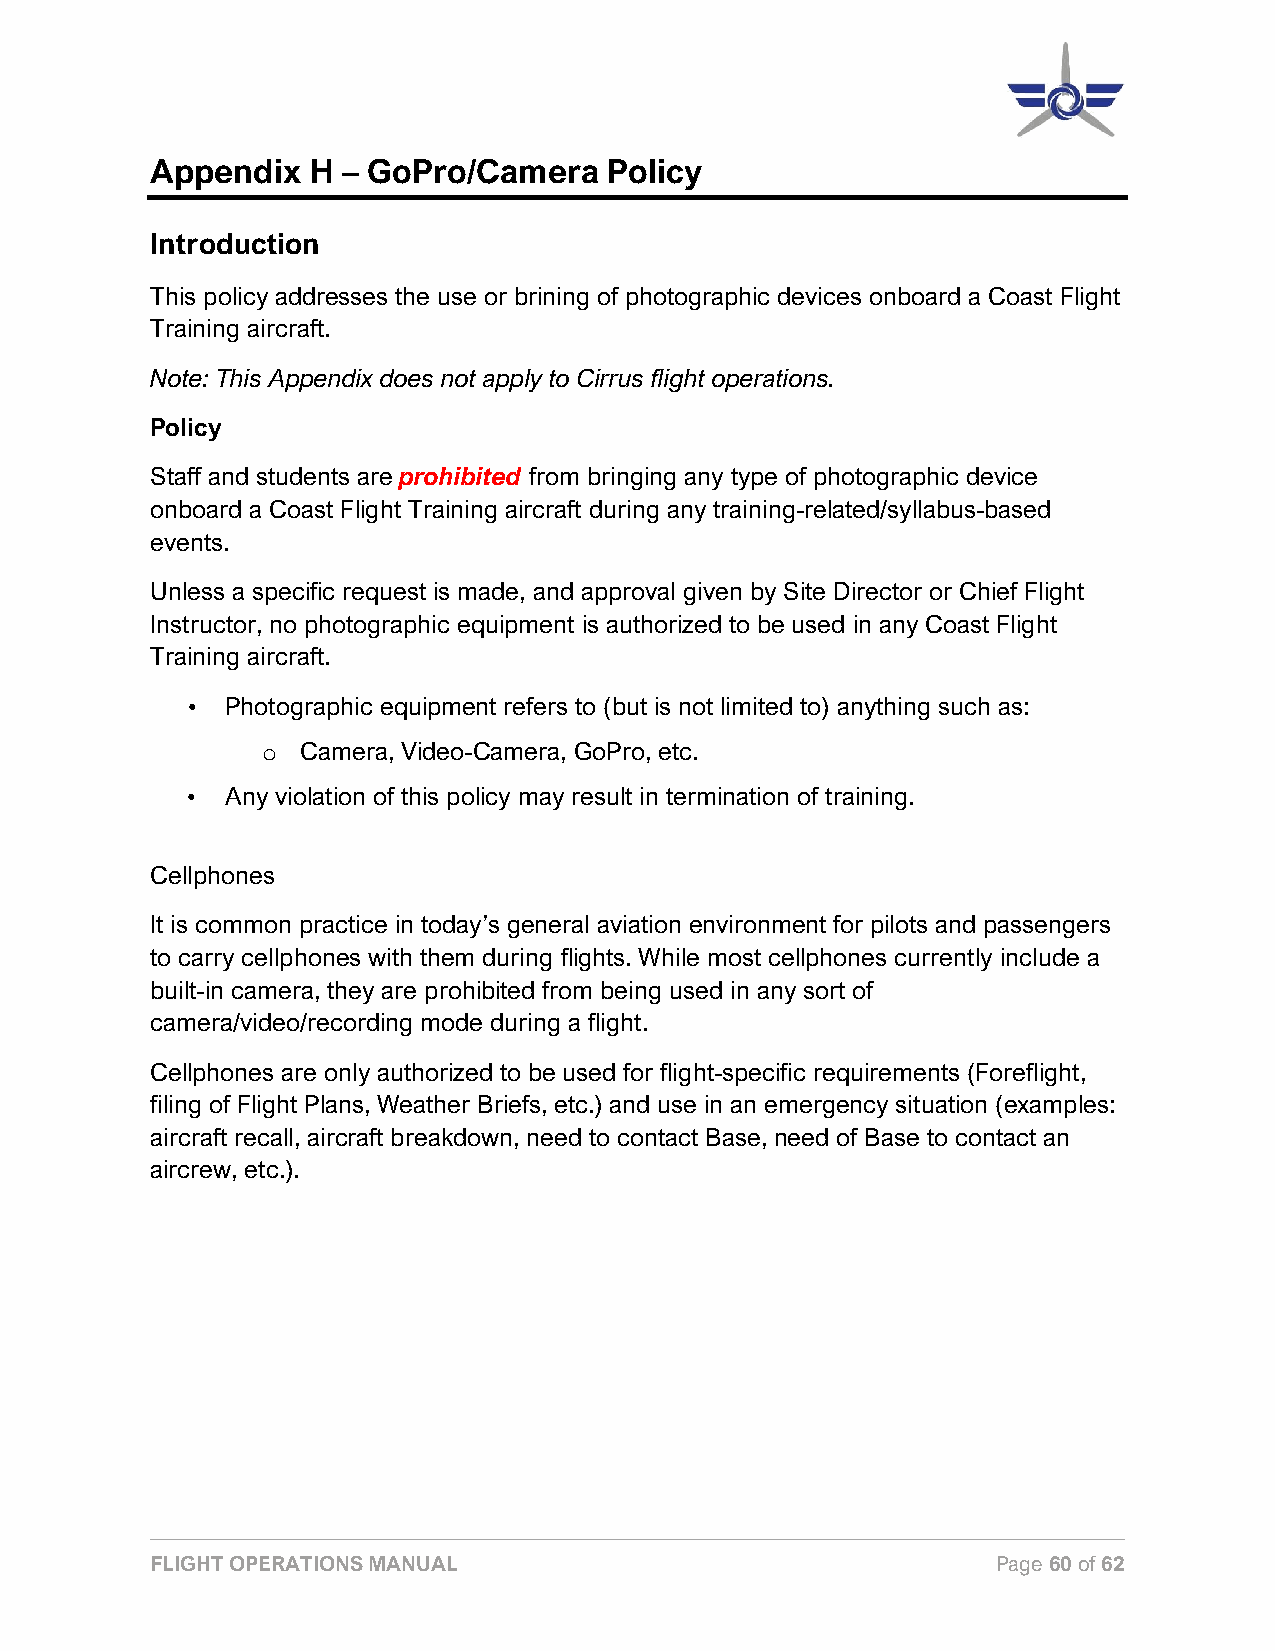
Appendix  H  – GoPro/Camera   Policy
 Introduction
 This policy addresses the use or brining of photographic devices onboard a Coast Flight
 Training aircraft.
 Note: This Appendix does not apply to Cirrus flight operations.
 Policy
 Staff and students are prohibited from bringing any type of photographic device
 onboard a Coast Flight Training aircraft during any training-related/syllabus-based
 events.
 Unless a specific request is made, and approval given by Site Director or Chief Flight
 Instructor, no photographic equipment is authorized to be used in any Coast Flight
 Training aircraft.
 •  Photographic equipment refers to (but is not limited to) anything such as:
 Camera, Video-Camera, GoPro, etc.
 o
 •  Any violation of this policy may result in termination of training.
 Cellphones
 It is common practice in today’s general aviation environment for pilots and passengers
 to carry cellphones with them during flights. While most cellphones currently include a
 built-in camera, they are prohibited from being used in any sort of
 camera/video/recording mode during a flight.
 Cellphones are only authorized to be used for flight-specific requirements (Foreflight,
 filing of Flight Plans, Weather Briefs, etc.) and use in an emergency situation (examples:
 aircraft recall, aircraft breakdown, need to contact Base, need of Base to contact an
 aircrew, etc.).
 FLIGHT OPERATIONS MANUAL                                Page 60 of 62